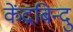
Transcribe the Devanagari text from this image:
केंद्रबिन्दु